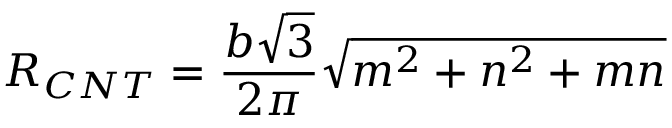
R _ { C N T } = \frac { b \sqrt { 3 } } { 2 \pi } \sqrt { m ^ { 2 } + n ^ { 2 } + m n }